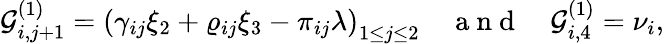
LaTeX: \mathcal{G}_{i,j+1}^{(1)}=\left(\gamma_{ij}\xi_{2}+\varrho_{ij}\xi_{3}-\pi_{ij}\lambda\right)_{1\leq j\leq 2}\quad\mathrm{~a~n~d~}\quad\mathcal{G}_{i,4}^{(1)}=\nu_{i},